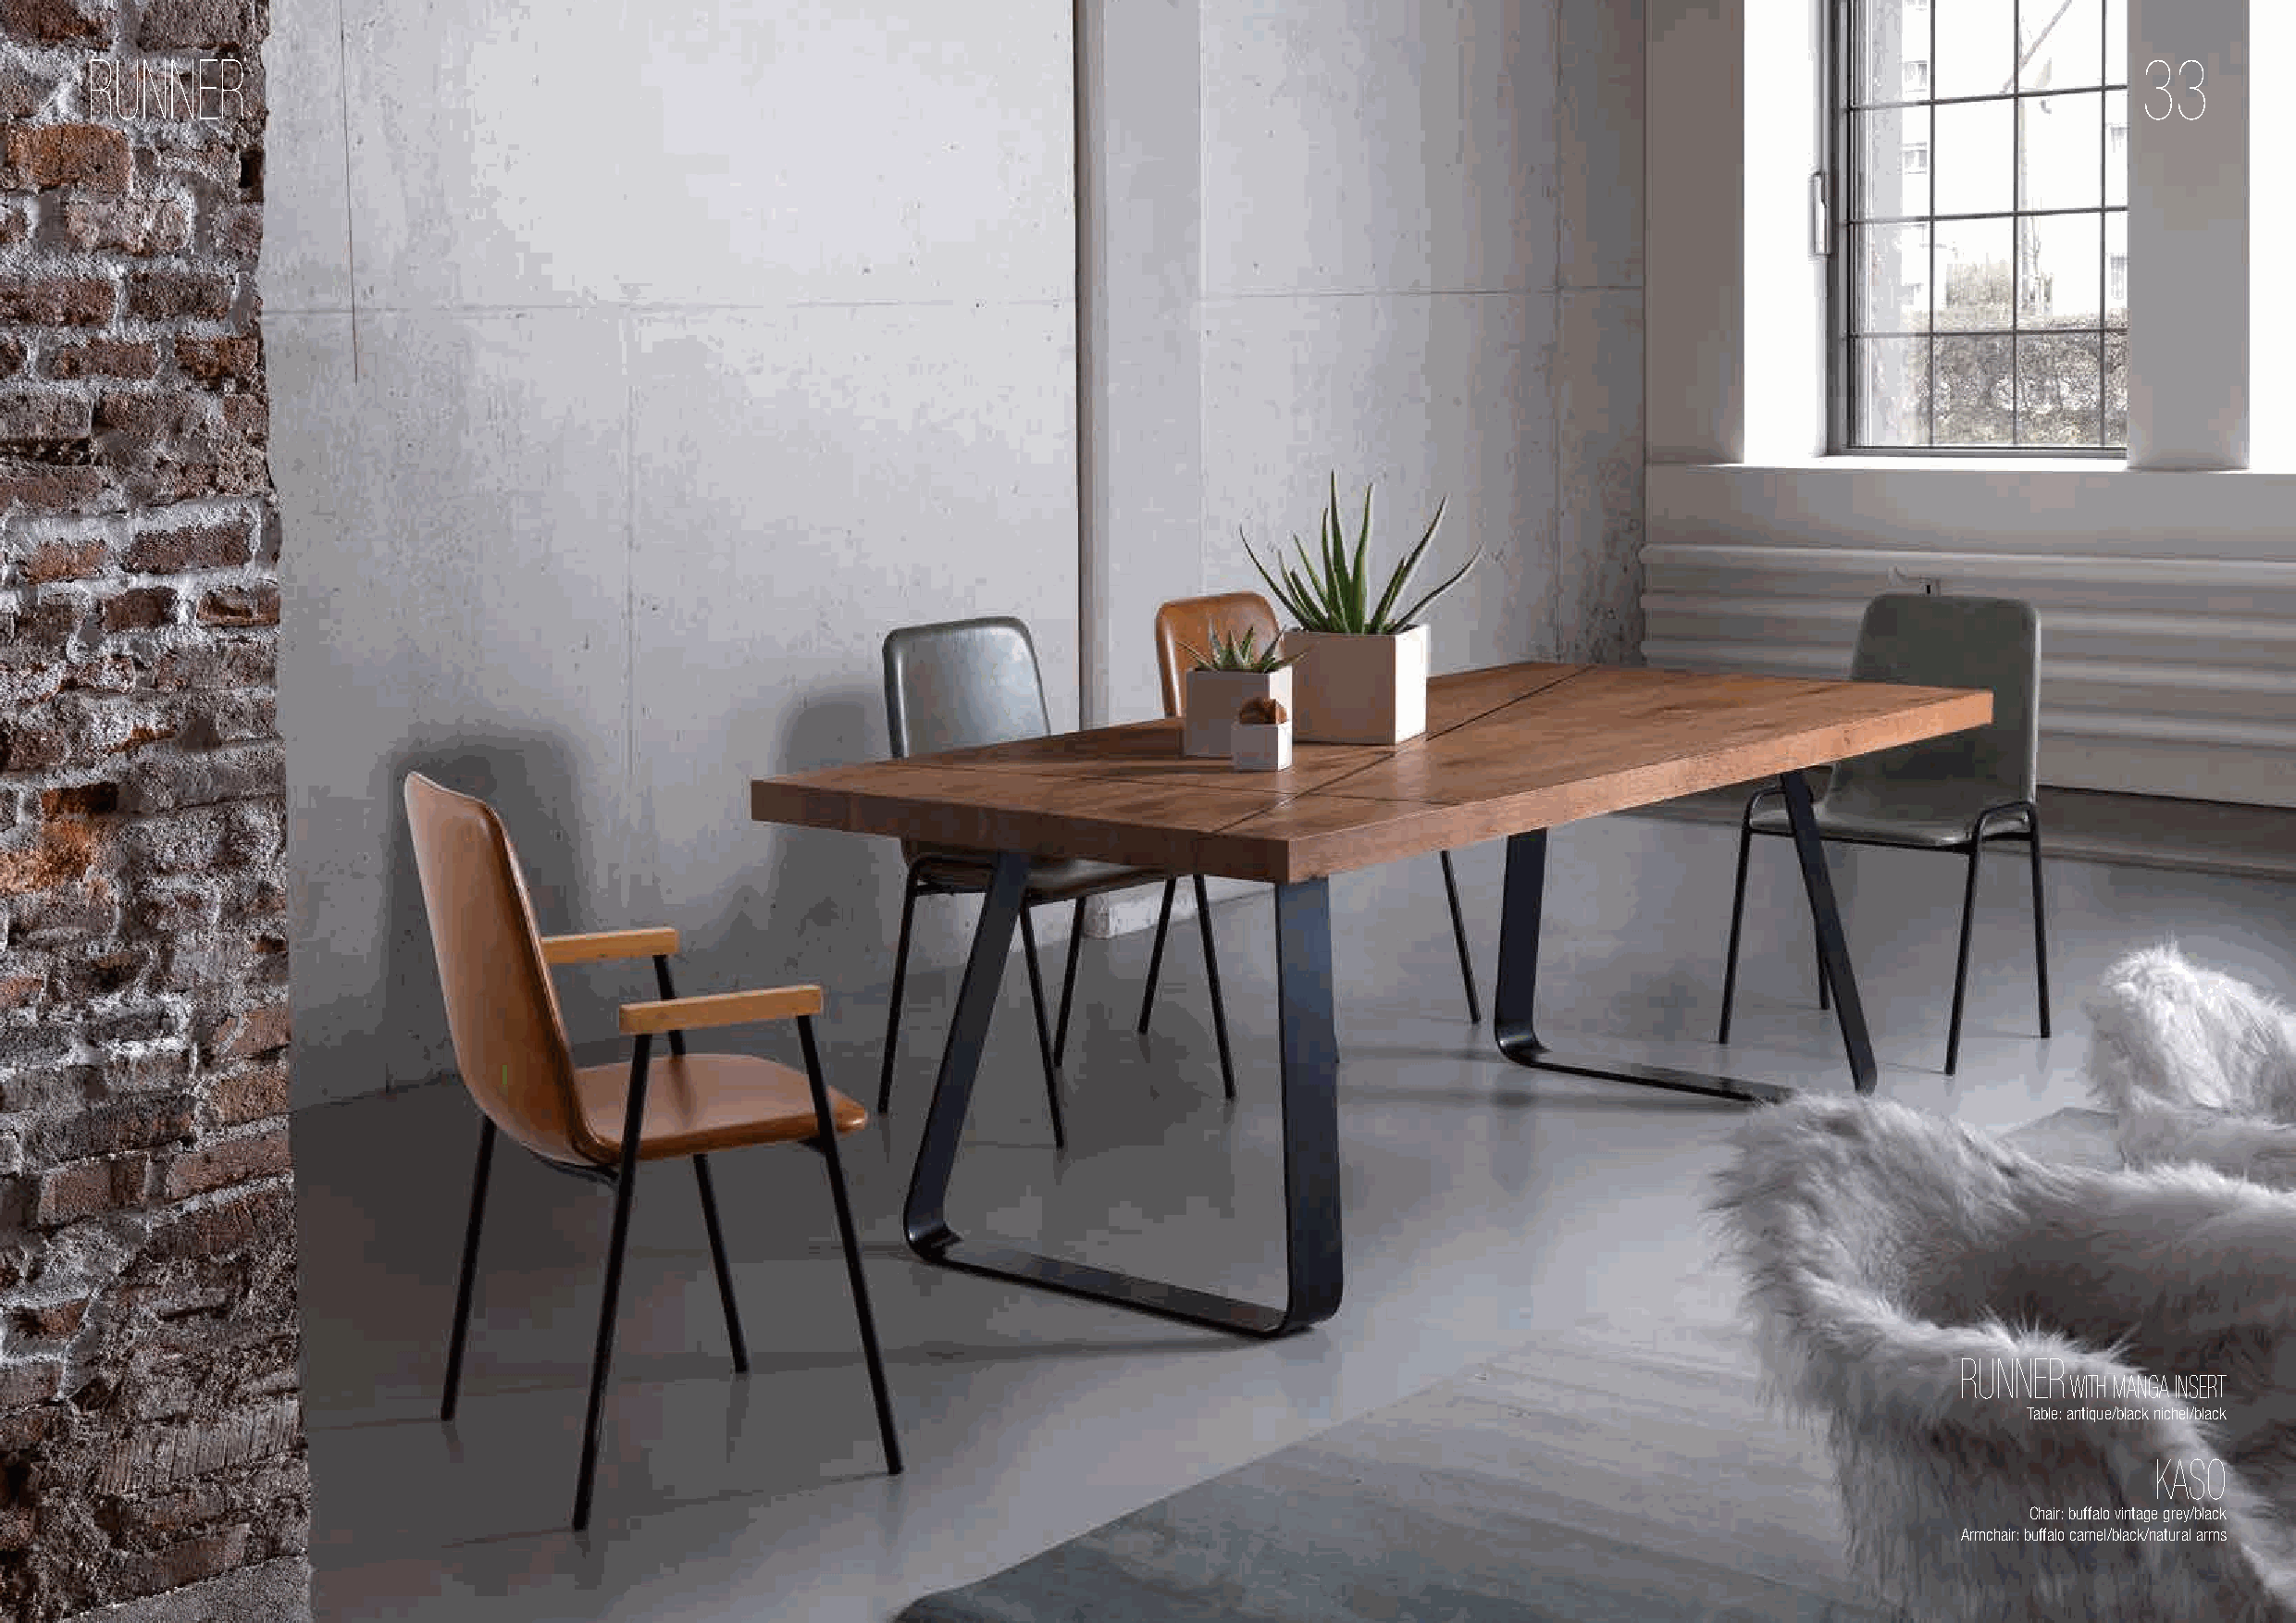
RUNNER                                                                                                                                             33
 RUNNER
 WITH MANGA INSERT
 Table: antique/black nichel/black
 KASO
 Chair: buffalo vintage grey/black
 Armchair: buffalo camel/black/natural arms